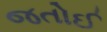
જતોઈ